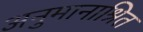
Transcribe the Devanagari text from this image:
अनुमानाश्रित